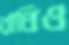
রাঁধিও